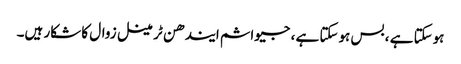
ہوسکتا ہے ، بس ہوسکتا ہے ، جیواشم ایندھن ٹرمینل زوال کا شکار ہیں۔